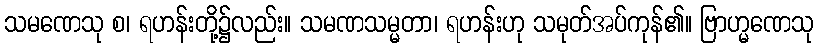
သမဏေသု စ၊ ရဟန်းတို့၌လည်း။ သမဏသမ္မတာ၊ ရဟန်းဟု သမုတ်အပ်ကုန်၏။ ဗြာဟ္မဏေသု